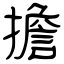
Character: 擔